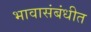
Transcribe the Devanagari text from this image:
भावासंबंधीत